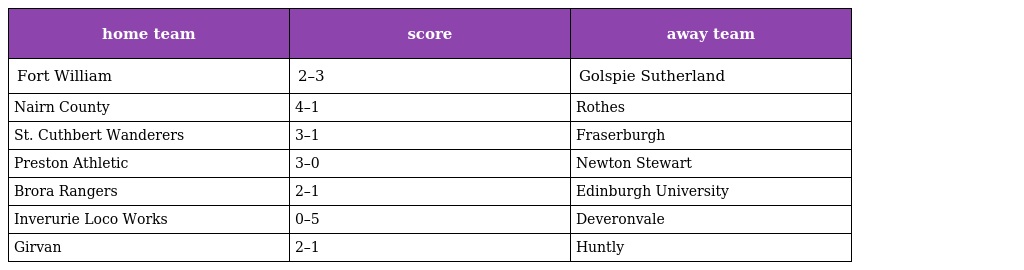
| home team | score | away team |
 | --- | --- | --- |
 | Fort William | 2–3 | Golspie Sutherland |
 | Nairn County | 4–1 | Rothes |
 | St. Cuthbert Wanderers | 3–1 | Fraserburgh |
 | Preston Athletic | 3–0 | Newton Stewart |
 | Brora Rangers | 2–1 | Edinburgh University |
 | Inverurie Loco Works | 0–5 | Deveronvale |
 | Girvan | 2–1 | Huntly |